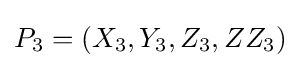
P_{3}=(X_{3},Y_{3},Z_{3},ZZ_{3})